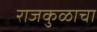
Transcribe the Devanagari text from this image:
राजकुळाचा